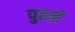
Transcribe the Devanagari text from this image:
पुढले